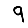
Digit: 9